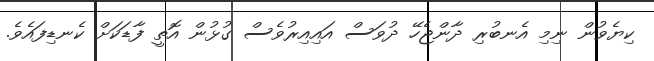
ކިޔެވުން ނިމި އެނބުރި ދާންޖެހޭ ދުވަސް އައިއިރުވެސް ގުޅުން އޮތީ ފާޑަކަށް ކެނޑިފައެވެ.